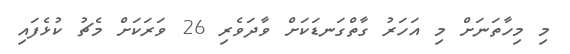
މި މިހާތަނަށް މި އަހަރު ގާތްގަނޑަކަށް ވާދަވެރި 26 ވަރަކަށް މެޗު ކުޅެފައި